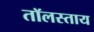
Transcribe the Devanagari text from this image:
तॉलस्ताय